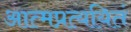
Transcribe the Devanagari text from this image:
आत्मप्रत्ययितं